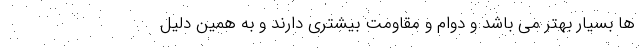
ها بسیار بهتر می باشد و دوام و مقاومت بیشتری دارند و به همین دلیل